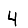
Digit: 4